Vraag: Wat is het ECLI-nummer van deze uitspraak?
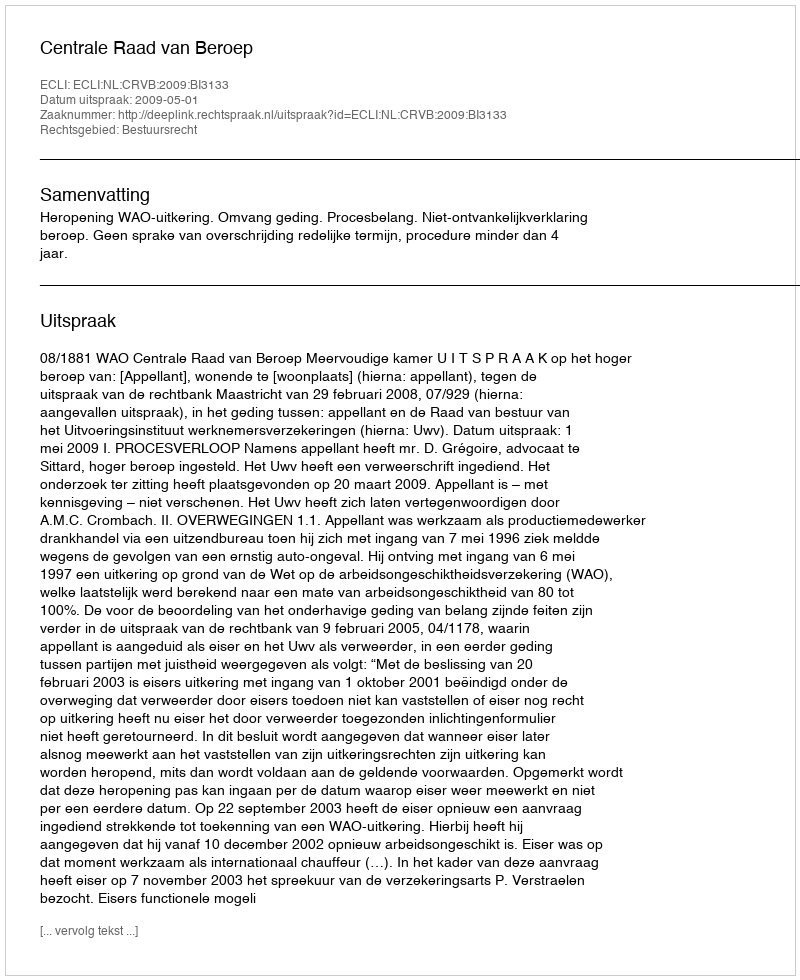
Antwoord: ECLI:NL:CRVB:2009:BI3133